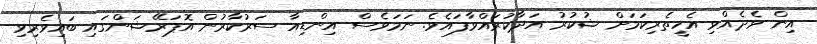
އިން ވެދެއްވި އެހީތެރިކަމަށް ޝުކުރު އަދާކުރައްވާފައެވެ. ނަމަވެސް އިންޑިއާ ސަރުކާރުން އޮޕަރޭޝަންގައި ބައިވެރިވި